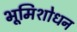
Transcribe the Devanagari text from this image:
भूमिशोधन